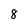
Character: 8